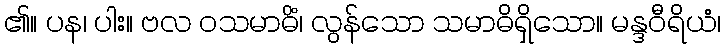
၏။ ပန၊ ပါး။ ဗလ ဝသမာဓိံ၊ လွန်သော သမာဓိရှိသော။ မန္ဒဝီရိယံ၊